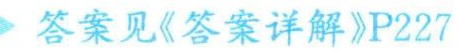
答案见《答案详解》P227